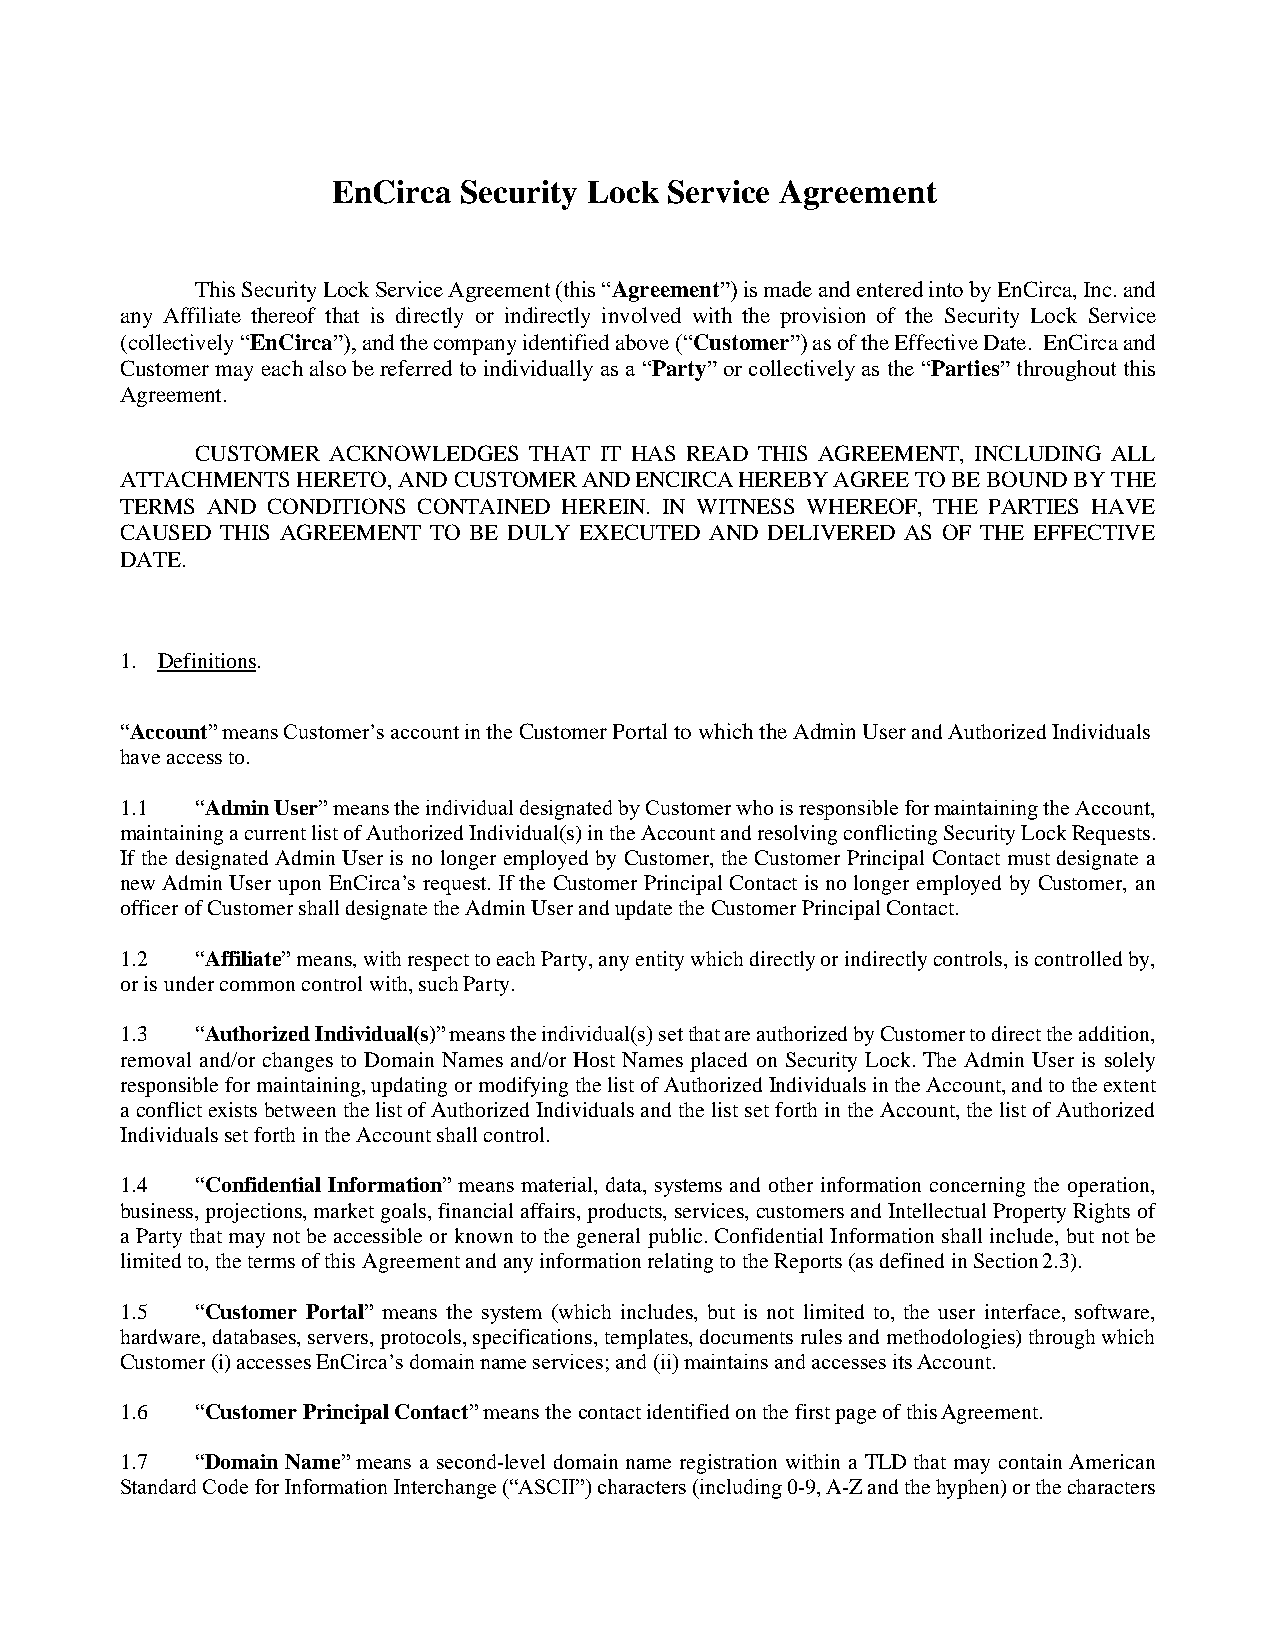
EnCirca Security Lock Service Agreement
 This Security Lock Service Agreement (this “Agreement”) is made and entered into by EnCirca, Inc. and
 any Affiliate thereof that is directly or indirectly involved with the provision of the Security Lock Service
 (collectively “EnCirca”), and the company identified above (“Customer”) as of the Effective Date. EnCirca and
 Customer may each also be referred to individually as a “Party” or collectively as the “Parties” throughout this
 Agreement.
 CUSTOMER ACKNOWLEDGES THAT IT HAS READ THIS AGREEMENT, INCLUDING ALL
 ATTACHMENTS HERETO, AND CUSTOMER AND ENCIRCA HEREBY AGREE TO BE BOUND BY THE
 TERMS AND CONDITIONS CONTAINED HEREIN. IN WITNESS WHEREOF, THE PARTIES HAVE
 CAUSED THIS AGREEMENT TO BE DULY EXECUTED AND DELIVERED AS OF THE EFFECTIVE
 DATE.
 1. Definitions.
 “Account” means Customer’s account in the Customer Portal to which the Admin User and Authorized Individuals
 have access to.
 1.1  “Admin User” means the individual designated by Customer who is responsible for maintaining the Account,
 maintaining a current list of Authorized Individual(s) in the Account and resolving conflicting Security Lock Requests.
 If the designated Admin User is no longer employed by Customer, the Customer Principal Contact must designate a
 new Admin User upon EnCirca’s request. If the Customer Principal Contact is no longer employed by Customer, an
 officer of Customer shall designate the Admin User and update the Customer Principal Contact.
 1.2  “Affiliate” means, with respect to each Party, any entity which directly or indirectly controls, is controlled by,
 or is under common control with, such Party.
 1.3  “Authorized Individual(s)” means the individual(s) set that are authorized by Customer to direct the addition,
 removal and/or changes to Domain Names and/or Host Names placed on Security Lock. The Admin User is solely
 responsible for maintaining, updating or modifying the list of Authorized Individuals in the Account, and to the extent
 a conflict exists between the list of Authorized Individuals and the list set forth in the Account, the list of Authorized
 Individuals set forth in the Account shall control.
 1.4  “Confidential Information” means material, data, systems and other information concerning the operation,
 business, projections, market goals, financial affairs, products, services, customers and Intellectual Property Rights of
 a Party that may not be accessible or known to the general public. Confidential Information shall include, but not be
 limited to, the terms of this Agreement and any information relating to the Reports (as defined in Section 2.3).
 1.5  “Customer Portal” means the system (which includes, but is not limited to, the user interface, software,
 hardware, databases, servers, protocols, specifications, templates, documents rules and methodologies) through which
 Customer (i) accesses EnCirca’s domain name services; and (ii) maintains and accesses its Account.
 1.6  “Customer Principal Contact” means the contact identified on the first page of this Agreement.
 1.7  “Domain Name” means a second-level domain name registration within a TLD that may contain American
 Standard Code for Information Interchange (“ASCII”) characters (including 0-9, A-Z and the hyphen) or the characters